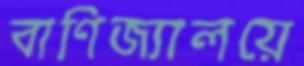
বাণিজ্যালয়ে